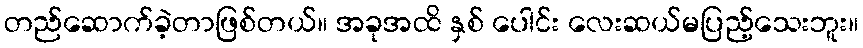
တည်ဆောက်ခဲ့တာဖြစ်တယ်။ အခုအထိ နှစ် ပေါင်း လေးဆယ်မပြည့်သေးဘူး။